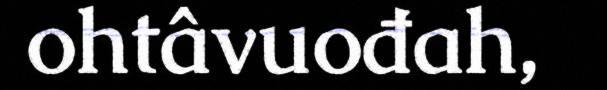
ohtâvuođah,